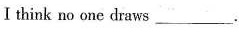
Ithink no one draws___